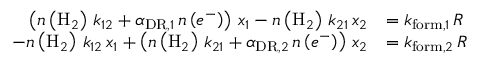
\begin{array} { r l } { \left( n \left( \mathrm { H } _ { 2 } \right) \, k _ { 1 2 } + \alpha _ { \mathrm { D R } , 1 } \, n \left( e ^ { - } \right) \right) \, x _ { 1 } - n \left( \mathrm { H } _ { 2 } \right) \, k _ { 2 1 } \, x _ { 2 } } & { = k _ { \mathrm { f o r m } , 1 } \, R } \\ { - n \left( \mathrm { H } _ { 2 } \right) \, k _ { 1 2 } \, x _ { 1 } + \left( n \left( \mathrm { H } _ { 2 } \right) \, k _ { 2 1 } + \alpha _ { \mathrm { D R } , 2 } \, n \left( e ^ { - } \right) \right) \, x _ { 2 } } & { = k _ { \mathrm { f o r m } , 2 } \, R } \end{array}